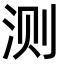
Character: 测